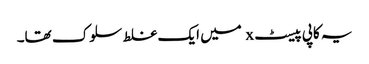
یہ کاپی پیسٹ x میں ایک غلط سلوک تھا۔